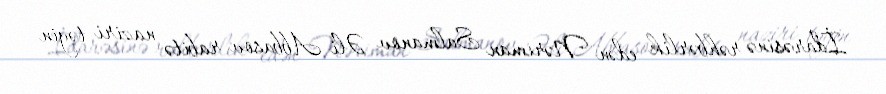
İdarəsinə rəhbərlik edən Nəriman Salmanov Əli Abbasov rabitə naziri təyin